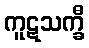
ကူဋသက္ခီ